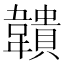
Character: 𩏡